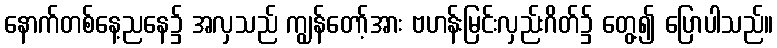
နောက်တစ်နေ့ညနေ၌ အလှသည် ကျွန်တော့်အား ဗဟန်းမြင်းလှည်းဂိတ်၌ တွေ့၍ ပြောပါသည်။